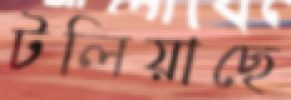
টলিয়াছে